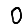
Digit: 0